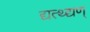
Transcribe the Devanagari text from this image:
द्यत्थ्द्यण्